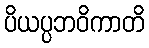
ပိယပ္ပဘဝိကာတိ